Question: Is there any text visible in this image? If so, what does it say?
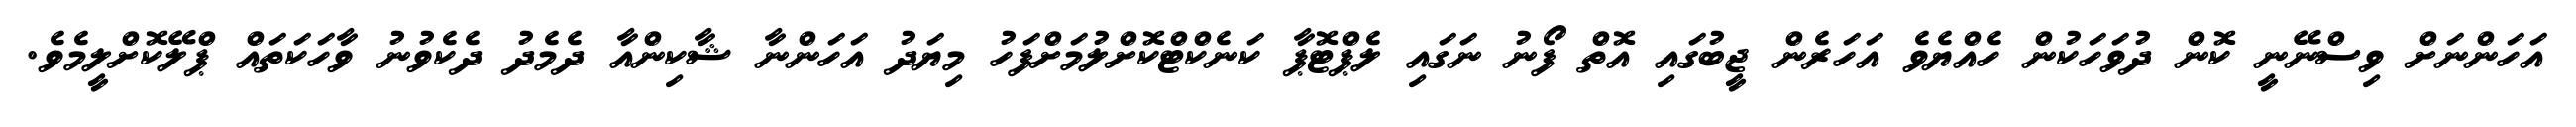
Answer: އަހަންނަށް ވިސްނޭނީ ކޮން ދުވަހަކުން ހެއްޔެވެ އަހަރެން ޖީބުގައި އޮތް ފޯނު ނަގައި ލެޕްޓޮޕާ ކަނެކްޓްކޮށްލުމަށްފަހު މިޔަދު އަހަންނާ ޝާކިންއާ ދެމެދު ދެކެވުނު ވާހަކަތައް ޕްލޭކޮށްލީމެވެ.